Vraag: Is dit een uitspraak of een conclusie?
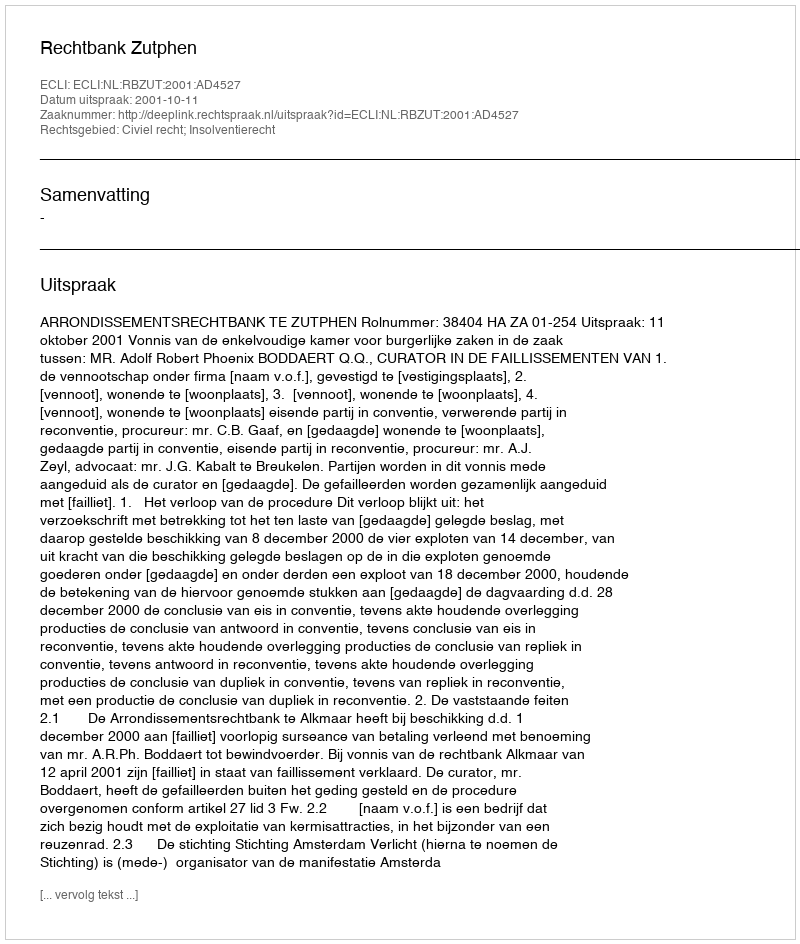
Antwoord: Uitspraak